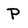
Character: P